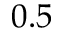
0 . 5